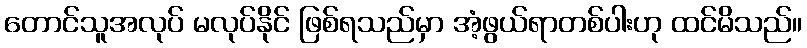
တောင်သူအလုပ် မလုပ်နိုင် ဖြစ်ရသည်မှာ အံ့ဖွယ်ရာတစ်ပါးဟု ထင်မိသည်။